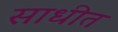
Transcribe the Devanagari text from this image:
साधीत